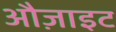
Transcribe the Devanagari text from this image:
औज़ाइट